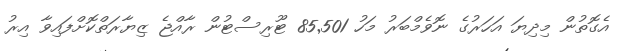
އެގޮތުން މިދިޔަ އަހަރުގެ ނޮވެމްބަރު މަހު 85